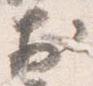
於